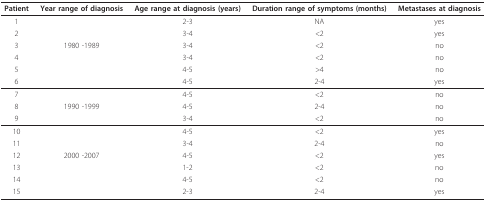
<table><thead><tr><td><b>Patient</b></td><td><b>Year range of diagnosis</b></td><td><b>Age range at diagnosis (years)</b></td><td><b>Duration range of symptoms (months)</b></td><td><b>Metastases at diagnosis</b></td></tr></thead><tbody><tr><td>1</td><td></td><td>2-3</td><td>NA</td><td>yes</td></tr><tr><td>2</td><td></td><td>3-4</td><td>&lt;2</td><td>yes</td></tr><tr><td>3</td><td>1980 -1989</td><td>3-4</td><td>&lt;2</td><td>no</td></tr><tr><td>4</td><td></td><td>3-4</td><td>&lt;2</td><td>no</td></tr><tr><td>5</td><td></td><td>4-5</td><td>&gt;4</td><td>no</td></tr><tr><td>6</td><td></td><td>4-5</td><td>2-4</td><td>yes</td></tr><tr><td>7</td><td></td><td>4-5</td><td>&lt;2</td><td>no</td></tr><tr><td>8</td><td>1990 -1999</td><td>4-5</td><td>2-4</td><td>no</td></tr><tr><td>9</td><td></td><td>3-4</td><td>&lt;2</td><td>no</td></tr><tr><td>10</td><td></td><td>4-5</td><td>&lt;2</td><td>yes</td></tr><tr><td>11</td><td></td><td>3-4</td><td>2-4</td><td>no</td></tr><tr><td>12</td><td>2000 -2007</td><td>4-5</td><td>&lt;2</td><td>yes</td></tr><tr><td>13</td><td></td><td>1-2</td><td>&lt;2</td><td>no</td></tr><tr><td>14</td><td></td><td>4-5</td><td>&lt;2</td><td>no</td></tr><tr><td>15</td><td></td><td>2-3</td><td>2-4</td><td>yes</td></tr></tbody></table>